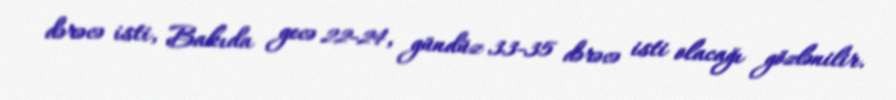
dərəcə isti, Bakıda gecə 22-24, gündüz 33-35 dərəcə isti olacağı gözlənilir.